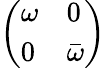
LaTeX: \left(\begin{array}{ll}{\omega}&{0}\\ {0}&{\bar{\omega}}\end{array}\right)